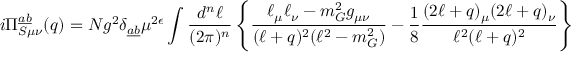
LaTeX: i \Pi _ { S \mu \nu } ^ { \underline { { { a } } } \underline { { { b } } } } ( q ) = N g ^ { 2 } \delta _ { \underline { { { a } } } \underline { { { b } } } } \mu ^ { 2 \epsilon } \int \frac { d ^ { n } \ell } { ( 2 \pi ) ^ { n } } \left\{ \frac { \ell _ { \mu } \ell _ { \nu } - m _ { G } ^ { 2 } g _ { \mu \nu } } { ( \ell + q ) ^ { 2 } ( \ell ^ { 2 } - m _ { G } ^ { 2 } ) } - \frac { 1 } { 8 } \frac { ( 2 \ell + q ) _ { \mu } ( 2 \ell + q ) _ { \nu } } { \ell ^ { 2 } ( \ell + q ) ^ { 2 } } \right\}